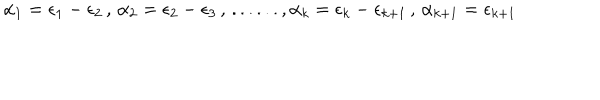
LaTeX: \alpha _ { 1 } = \epsilon _ { 1 } - \epsilon _ { 2 } \, , \, \alpha _ { 2 } = \epsilon _ { 2 } - \epsilon _ { 3 } \, , \, . . . . . . , \alpha _ { k } = \epsilon _ { k } - \epsilon _ { k + 1 } \, , \, \alpha _ { k + 1 } = \epsilon _ { k + 1 }